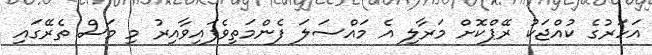
އަހަރުގެ ކުއްޖަކު ރޭޕްކޮށް މަރާލި އެ މައްސަލަ ފެންމަތިވެފައިވާއިރު މި މަސް ތެރޭގައި